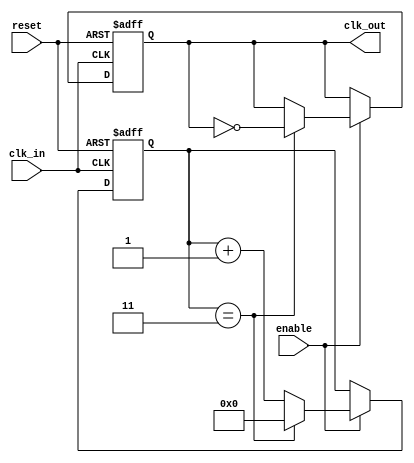
module clock_divider #(
    parameter DIV_FACTOR = 4 // Parameter to specify the division factor
)(
    input wire clk_in,        // Input clock signal
    input wire reset,         // Reset signal
    input wire enable,        // Enable signal
    output reg clk_out        // Output clock signal
);

    reg [31:0] counter;       // Counter to count clock cycles

    // Always block triggered on the rising edge of the input clock
    always @(posedge clk_in or posedge reset) begin
        if (reset) begin
            counter <= 0;     // Reset counter
            clk_out <= 0;     // Set output clock to known state
        end else if (enable) begin
            if (counter == DIV_FACTOR - 1) begin
                clk_out <= ~clk_out; // Toggle output clock
                counter <= 0;         // Reset counter
            end else begin
                counter <= counter + 1; // Increment counter
            end
        end
    end

endmodule